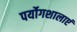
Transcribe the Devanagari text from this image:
पर्योगशालाएं